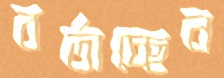
বর্তাচ্ছেন